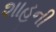
શાહની